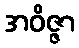
အဝိဇ္ဇာ